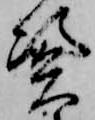
憑